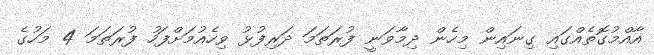
އާއްމުގޮތެއްގައި ގިނައިން މިހެން ދިމާވަނީ ފުރަތަމަ ދަރިފުޅު ވިހެއުމަށްފަހު ފުރަތަމަ 4 މަހުގެ